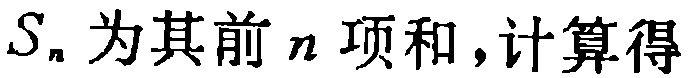
$S_{n}为其前n项和,计算得$